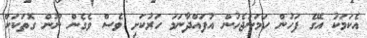
އެކަމަކު އޭގެ ފަހުން ހަމަނުޖެހުން އުފައްދާނަމަ ހަރުކަށި ވެސް ވެގެން ނޫން ގޮތަކަށް